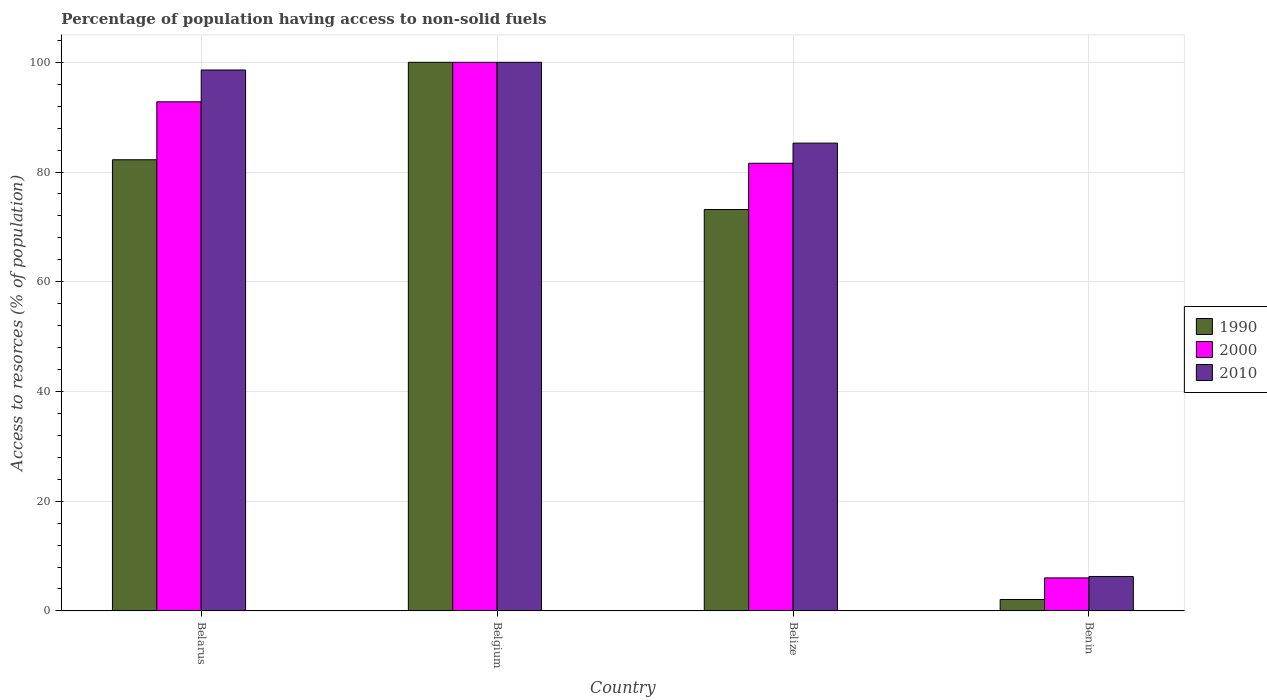
| Country | 1990 | 2000 | 2010 |
 | --- | --- | --- | --- |
 | Belarus | 82.2 | 92.8 | 98.6 |
 | Belgium | 100 | 100 | 100 |
 | Belize | 73.2 | 81.6 | 85.3 |
 | Benin | 2.08 | 6.02 | 6.27 |